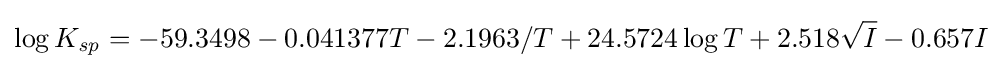
\log K_{\mathit {sp}}=-59.3498-0.041377T-2.1963/T+24.5724\log T+2.518{\sqrt {I}}-0.657I